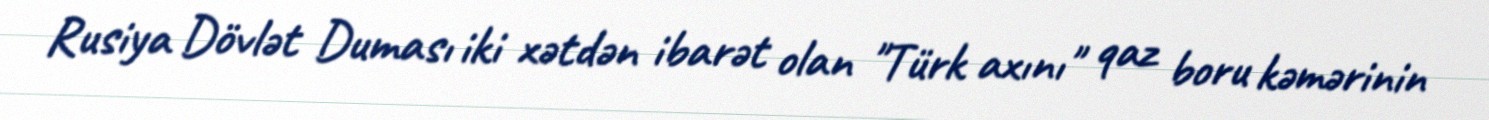
Rusiya Dövlət Duması iki xətdən ibarət olan "Türk axını" qaz boru kəmərinin